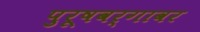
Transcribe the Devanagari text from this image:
पुरूषवर्गावर